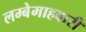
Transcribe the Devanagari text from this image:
लम्बेमाहवारी